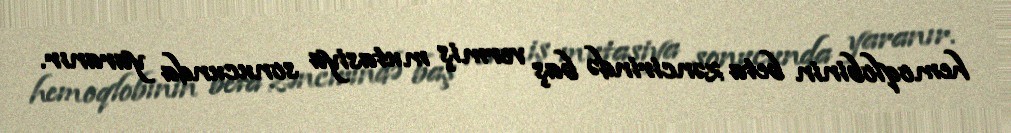
hemoqlobinin beta zəncirində baş vermiş mutasiya sonucunda yaranır.